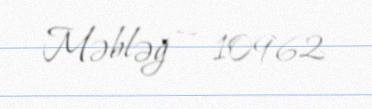
Məbləğ — 10962